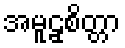
အမူဠှစိတ္တာ